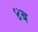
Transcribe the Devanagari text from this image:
४ब